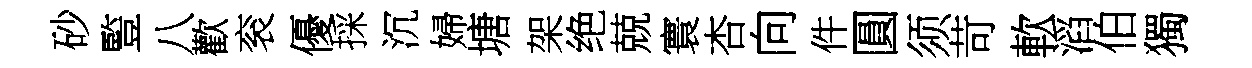
砂䜿八歡衮優採沉婦塘架绝兢寰杏向件圓须苛軟滔伯獨